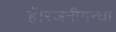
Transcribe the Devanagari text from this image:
हैं।रजनीगन्धा